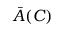
\bar { A } ( C )